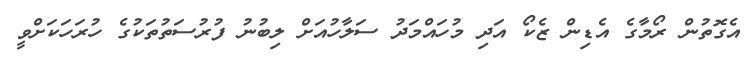
އެގޮތުން ރޯމާގެ އެޑިން ޒެކޯ އަދި މުހައްމަދު ސަލާހުއަށް ލިބުނު ފުރުސަތުތަކުގެ ހުރަހަކަށްވީ